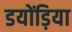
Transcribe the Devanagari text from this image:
डयोंड़िया